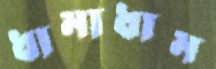
ধামাধাম